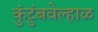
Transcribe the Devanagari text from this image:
कुंटुंबवेल्हाळ